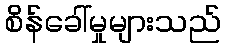
စိန်ခေါ်မှုများသည်